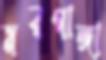
মরগাঙ্গা